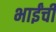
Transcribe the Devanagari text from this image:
भाईंची